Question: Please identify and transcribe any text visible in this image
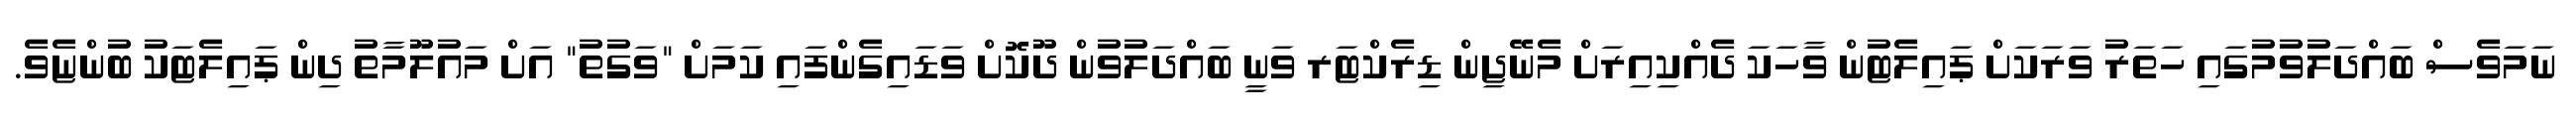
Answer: ނަމަވެސް ބައްދަލުވުމުގައި ހަތަރު ވަރަކަށް ޕައިލެޓުން ވާހަކަ ދެއްކިއިރަށް މެނޭޖިން ޑިރެކްޓަރ ވަނީ ބައްދަލުވުން ދޫކޮށް ވަޑައިގެންފައި ކަމަށް "ވަގުތު" އަށް މައުލޫމާތު ދިން ޕައިލެޓަކު ބުންޏެވެ.